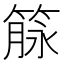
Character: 𰪌